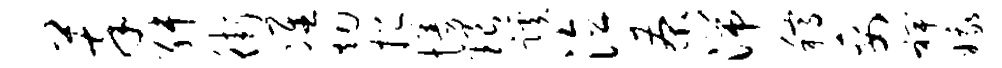
萃舛街准烟挹慢琅蹊泣茶湍稿妥裨娥